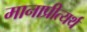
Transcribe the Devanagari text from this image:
मानाप्रीत्यर्थ